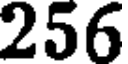
256